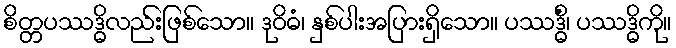
စိတ္တပဿဒ္ဓိလည်းဖြစ်သော။ ဒုဝိဓံ၊ နှစ်ပါးအပြားရှိသော။ ပဿဒ္ဓိံ၊ ပဿဒ္ဓိကို။